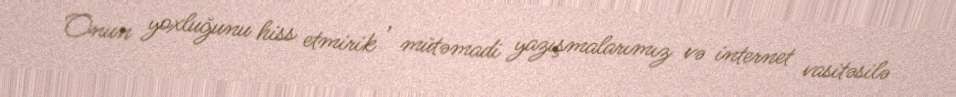
Onun yoxluğunu hiss etmirik , mütəmadi yazışmalarımız və internet vasitəsilə